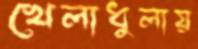
খেলাধুলায়